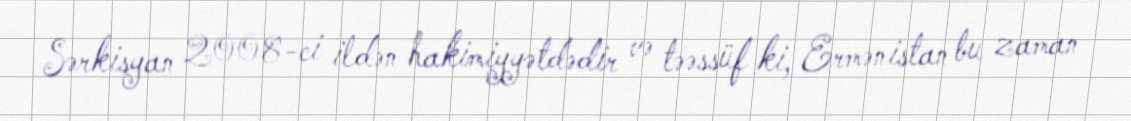
Sərkisyan 2008-ci ildən hakimiyyətdədir və təəssüf ki, Ermənistan bu zaman